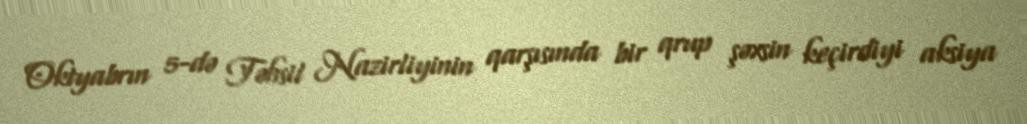
Oktyabrın 5-də Təhsil Nazirliyinin qarşısında bir qrup şəxsin keçirdiyi aksiya